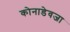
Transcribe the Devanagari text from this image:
कोनाडेवजा